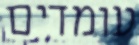
עומדים